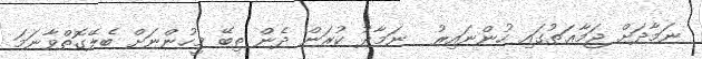
ނަމާދަށް ޖަމާޢަތުގައި ހުންނައިރު  ނަމާދު ކުރަން ދެން ތިބޭ މީހުންނަށް ބެލޭގޮތްވާނަމަ